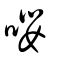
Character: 嚶